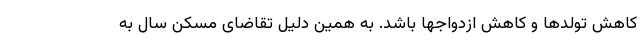
کاهش تولدها و کاهش ازدواجها باشد. به همین دلیل تقاضای مسکن سال به